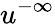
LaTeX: u^{-\infty}